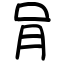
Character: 肙